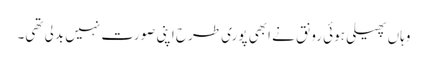
وہاں پھیلی ہوئی رونق نے ابھی پوری طرح اپنی صورت نہیں بدلی تھی۔